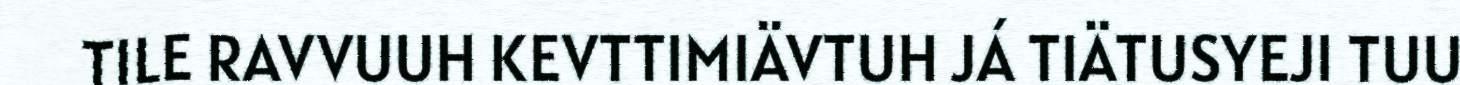
TILE RAVVUUH KEVTTIMIÄVTUH JÁ TIÄTUSYEJI TUU